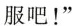
服吧！”